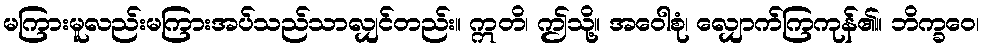
မကြားမူလည်းမကြားအပ်သည်သာလျှင်တည်း။ ဣတိ၊ ဤသို့။ အဝေါစုံ၊ လျှောက်ကြကုန်၏။ ဘိက္ခဝေ၊